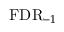
\mathrm { F D R } _ { - 1 }